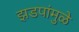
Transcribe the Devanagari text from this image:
झडपांमुळे